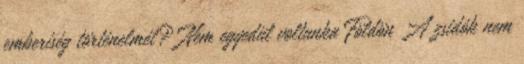
emberiség történelmét? Nem egyedül voltunka Földön A zsidók nem